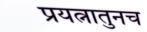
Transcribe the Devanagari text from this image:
प्रयत्नातुनच